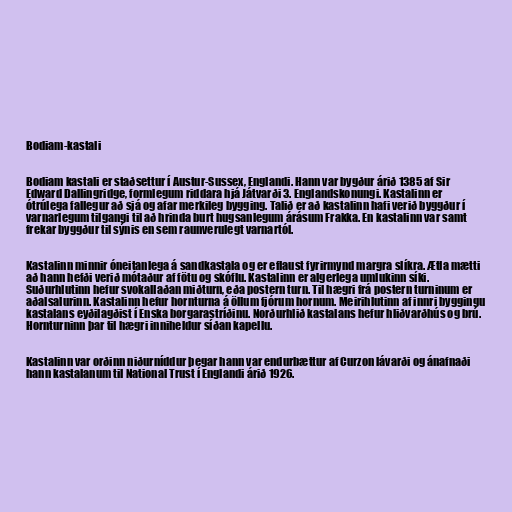
Bodiam-kastali

Bodiam kastali er staðsettur í Austur-Sussex, Englandi. Hann var bygður árið 1385 af Sir
Edward Dallingridge, formlegum riddara hjá Játvarði 3. Englandskonungi. Kastalinn er
ótrúlega fallegur að sjá og afar merkileg bygging. Talið er að kastalinn hafi verið byggður í
varnarlegum tilgangi til að hrinda burt hugsanlegum árásum Frakka. En kastalinn var samt
frekar byggður til sýnis en sem raunverulegt varnartól.

Kastalinn minnir óneitanlega á sandkastala og er eflaust fyrirmynd margra slíkra. Ætla mætti
að hann hefði verið mótaður af fötu og skóflu. Kastalinn er algerlega umlukinn síki.
Suðurhlutinn hefur svokallaðan miðturn, eða postern turn. Til hægri frá postern turninum er
aðalsalurinn. Kastalinn hefur hornturna á öllum fjórum hornum. Meirihlutinn af innri byggingu
kastalans eyðilagðist í Enska borgarastríðinu. Norðurhlið kastalans hefur hliðvarðhús og brú.
Hornturninn þar til hægri inniheldur síðan kapellu.

Kastalinn var orðinn niðurníddur þegar hann var endurbættur af Curzon lávarði og ánafnaði
hann kastalanum til National Trust í Englandi árið 1926.